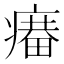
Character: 𤹲